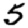
Digit: 5